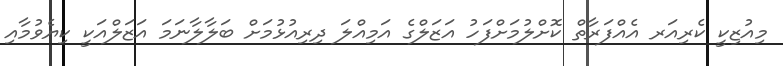
މިއުޒިކީ ކެރިއަރ އެއްފަރާތް ކޮށްލުމަށްފަހު އަޒަލްގެ އަމިއްލަ ދިރިއުޅުމަށް ބަލާލާނަމަ އަޒަލްއަކީ ކިޔެވުމާއި